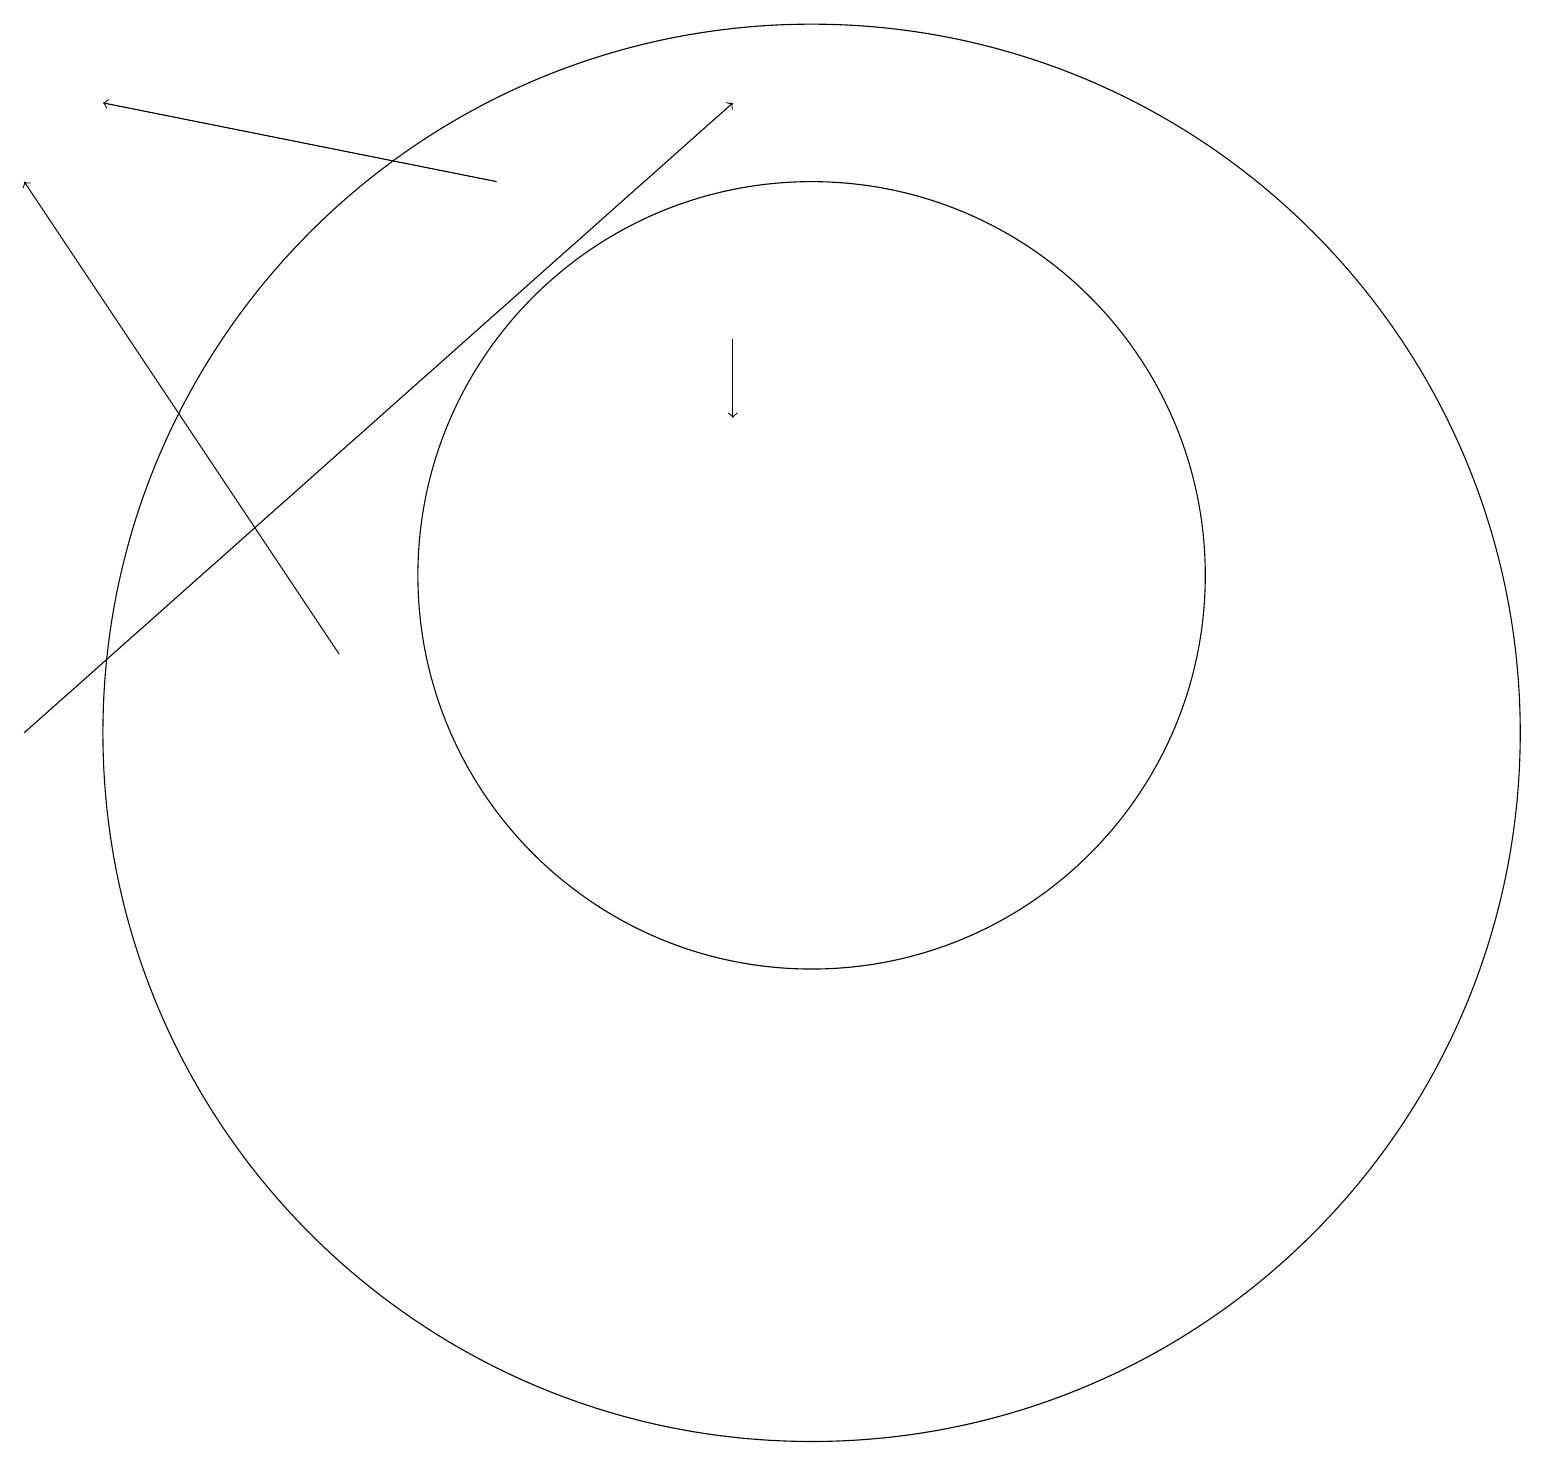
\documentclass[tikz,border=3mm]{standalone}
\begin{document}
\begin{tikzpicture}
\draw (10,12) circle (5);
\draw[->] (0,10) -- (9,18);
\draw[->] (9,15) -- (9,14);
\draw[->] (6,17) -- (1,18);
\draw[->] (4,11) -- (0,17);
\draw (10,10) circle (9);
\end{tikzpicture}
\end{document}